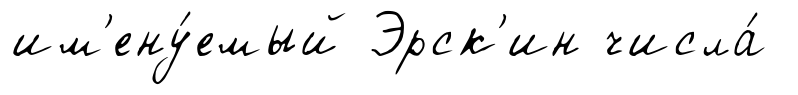
им'ену́емый Эрск'ин числа́